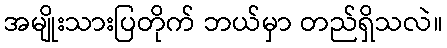
အမျိုးသားပြတိုက် ဘယ်မှာ တည်ရှိသလဲ။